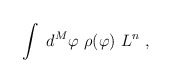
\begin{align*}\int \ d^M\varphi \ \rho(\varphi) \ L^n \ ,\end{align*}